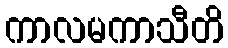
ကာလမကာသီတိ